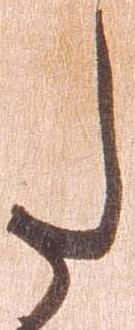
た